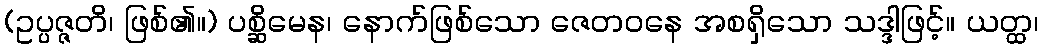
(ဥပ္ပဇ္ဇတိ၊ ဖြစ်၏။) ပစ္ဆိမေန၊ နောက်ဖြစ်သော ဇေတဝနေ အစရှိသော သဒ္ဒါဖြင့်။ ယတ္ထ၊